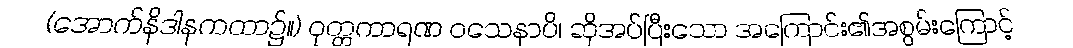
(အောက်နိဒါနကထာ၌။) ဝုတ္တကာရဏ ဝသေနာပိ၊ ဆိုအပ်ပြီးသော အကြောင်း၏အစွမ်းကြောင့်